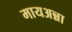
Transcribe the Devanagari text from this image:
मायअन्ना